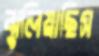
ঝুলিয়াছিস